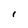
Character: 1